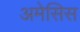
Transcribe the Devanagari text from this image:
अमेसिस